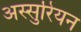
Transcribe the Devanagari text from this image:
अस्सुरियन